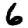
Digit: 6